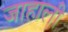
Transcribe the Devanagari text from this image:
जाहाली